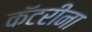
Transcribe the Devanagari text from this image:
कॅटरीना